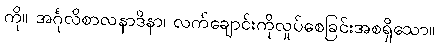
ကို။ အင်္ဂုလိစာလနာဒိနာ၊ လက်ချောင်းကိုလှုပ်စေခြင်းအစရှိသော။